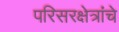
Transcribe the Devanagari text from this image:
परिसरक्षेत्रांचे